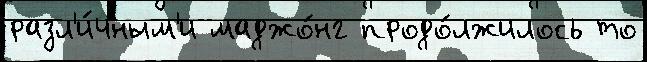
разл'и́чным'и маджо́нг продо́лжилось то